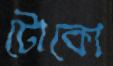
টোকো